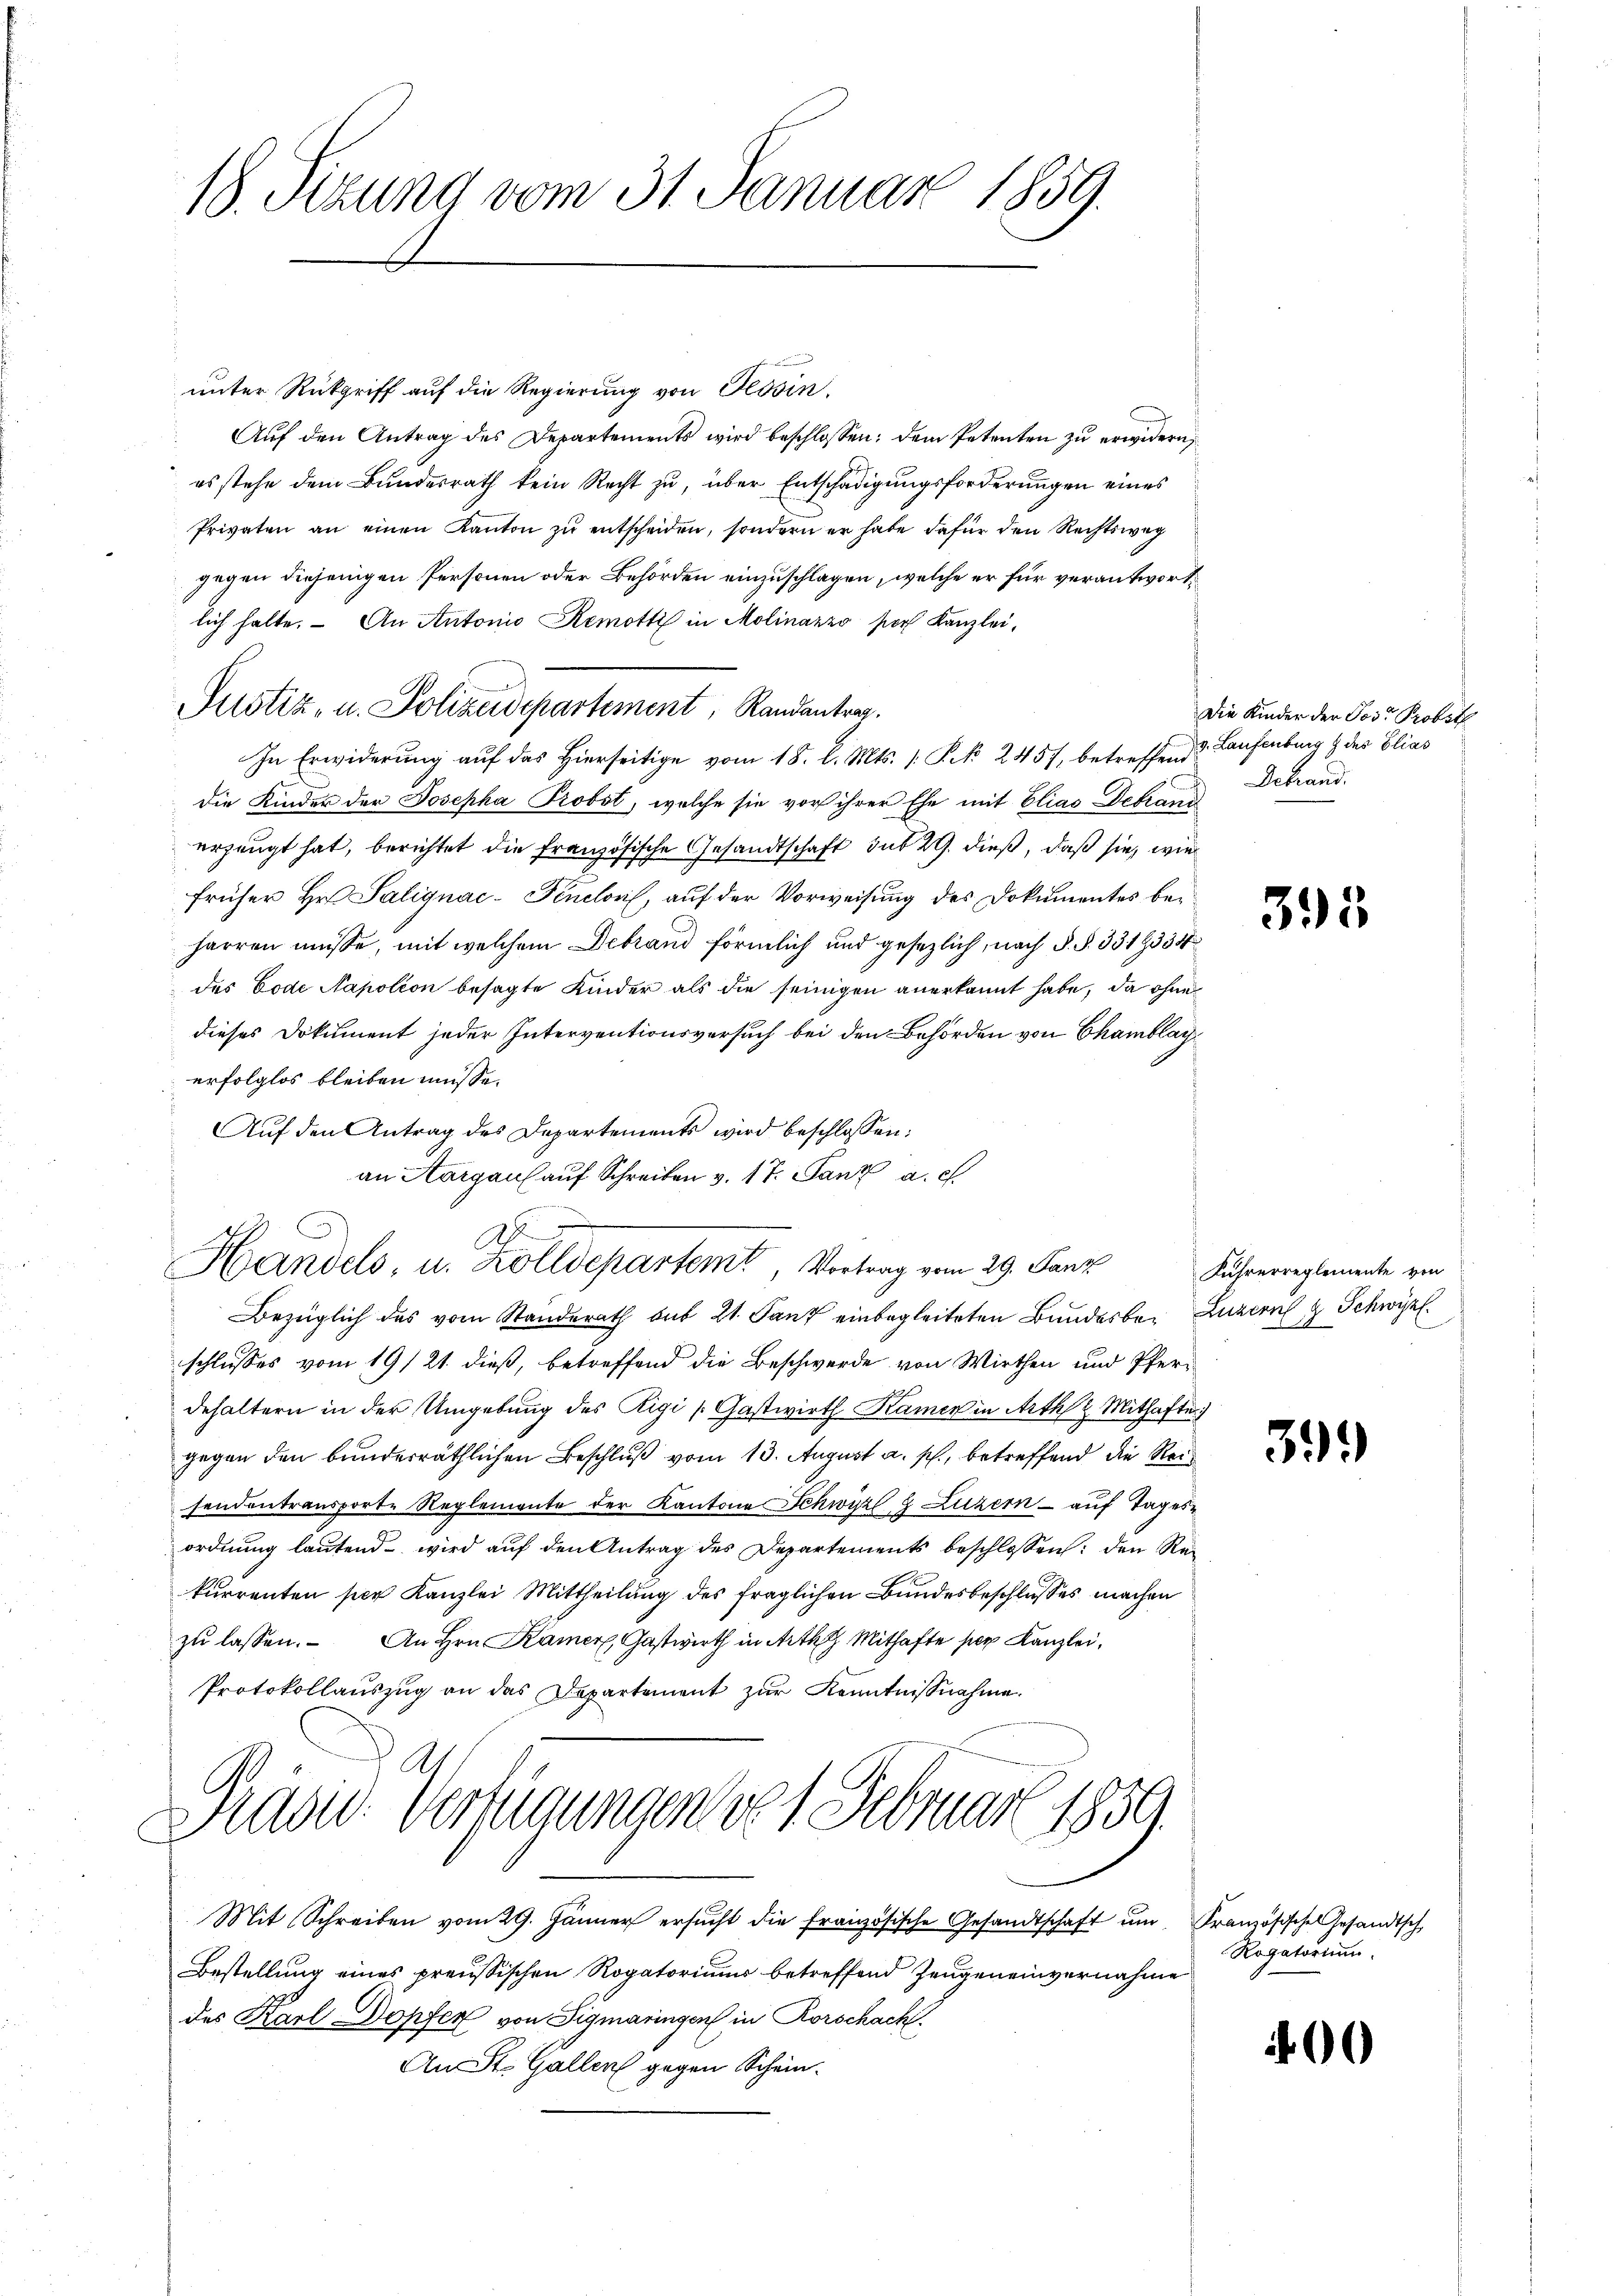
18. Sizung vom 31. Januar 1859.

unter Rückgriff auf die Regierung von Tessin.
Auf den Antrag des Departements wird beschlossen: dem Petenten zu erwidern
es stehe dem Bundesrath kein Recht zu, über Entschädigungsforderungen eines
Privaten an einen Kanton zu entscheiden, sondern er habe dafür den Rechtsweg
gegen diejenigen Personen oder Behörden einzuschlagen, welche er für verantwort
lich halte. - An Antonio Remotti in Molinarzo por Kanzlei,
Justiz- u. Polizeidepartement, Randantrag.
In Erwiderung auf das Hierseitige vom 18. l. Mts. (: P. 2457, betreffend Laufenburg & des Elias
die Kinder der Josepha Probst, welche sie vor ihrer Ehe mit Elias Debrand
erzeugt hat, berichtet die französische Gesandtschaft sub 29. dieß, daß sie, wie
früher Hr. Salignac-Fenclon, auf der Vorweisung des Dokumentes beharren müsse, mit welchem Debrand förmlich und gesezlich, nach §. §. 3319335
des Code Napolion besagte Kinder als die seinigen anerkannt habe, da ohne
dieses Dokument jeder Interventionsversuch bei den Behörden von Chamblayerfolglos bleiben müsse.
Aŭf den Antrag des Departements wird beschlossen:
an Aargau auf Schreiben v. 17. Janz a. c.
Bezüglich des vom Standerath aus 21. Tanz einbegleiteten Bundesbe¬ Luzern 4 Schwyz
schlusses vom 19/21. dieß, betreffend die Beschwerde von Wirthen und Pferdehaltern in der Umgebung des Rigi /: Gastwirth Kamen in Arth & Mithafter
gegen den bunderräthlichen Beschluß vom 13. August a. p., betreffend die Reisendentransporte Reglemente der Kantone Schwärzl 8 Luzern - auf Tages-
ordnung lautend wird aŭf den Antrag des Departements beschlossen: den Re¬
E
kurrenten per Kanzlei Mittheilung des fraglichen Bundesbeschlusses machen
zŭ lassen. An Hrn. Kamer, Gastwirth in Arthg Mithafte per Kanzlei,
Protokollauszug an das Departement zur Kenntnißnahme.
Praad: Verfügungen vo 1. Februar 1859.
Mit Schreiben vom 29. Jänner ersŭcht die französische Gesandtschaft ŭm Französische Gesandtsch
Bestellung eines preussischen Rogatoriums betreffend Zeugen einvernahme
des Karl Dopfer von Sigmaringen in Rorschach.
An St. Gallen gegen Schein.

A
Handels, u. Zolldepartemt, Vortrag vom 29. Janz

Die Kinder der Post Probst
Debrand.

395

Führerreglemente von

39.

Rogatorium.

400